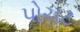
પોચટ